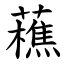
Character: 藮